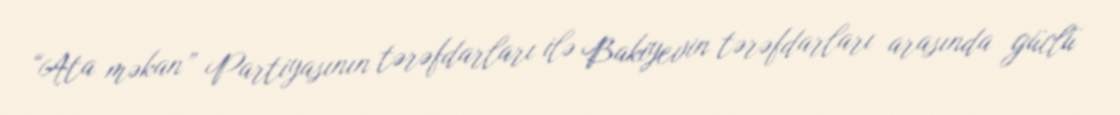
“Ata məkan” Partiyasının tərəfdarları ilə Bakiyevin tərəfdarları arasında güclü